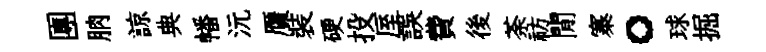
團朒諒典幡沅贋裝硬投厔誤費後荼祊閒寨。球掘